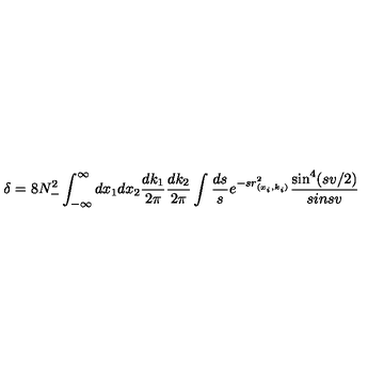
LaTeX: \delta = 8 N _ { - } ^ { 2 } \int _ { - \infty } ^ { \infty } d x _ { 1 } d x _ { 2 } \frac { d k _ { 1 } } { 2 \pi } \frac { d k _ { 2 } } { 2 \pi } \int \frac { d s } { s } e ^ { - s r _ { ( x _ { i } , k _ { i } ) } ^ { 2 } } \frac { \sin ^ { 4 } ( s v / 2 ) } { s i n s v }